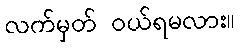
လက်မှတ် ဝယ်ရမလား။